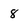
Character: 8